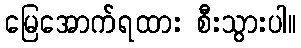
မြေအောက်ရထား စီးသွားပါ။